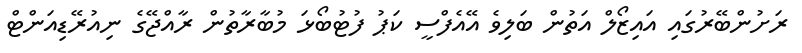
ރަށުންބޭރުގައި އައިޒޯލް އަތުން ބަލިވެ އޭއެފްސީ ކަޕު ފުޓުބޯޯޅަ މުބާރާތުން ރާއްޖޭގެ ނިއުރޭޑިއަންޓް